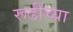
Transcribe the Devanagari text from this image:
रूढींच्या